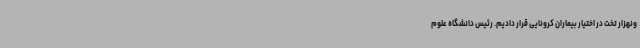
ونهزار تخت در اختیار بیماران کرونایی قرار دادیم. رئیس دانشگاه علوم